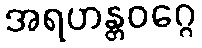
အရဟန္တဝဂ္ဂေ